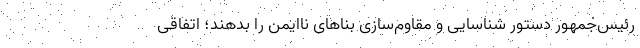
رئیس‌جمهور دستور شناسایی و مقاوم‌سازی بناهای ناایمن را بدهند؛ اتفاقی